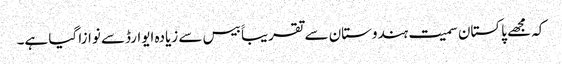
کہ مجھے پاکستان سمیت ہندوستان سے تقریباََ بیس سے زیادہ ایوارڈسے نوازا گیا ہے۔